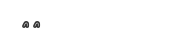
٧٤